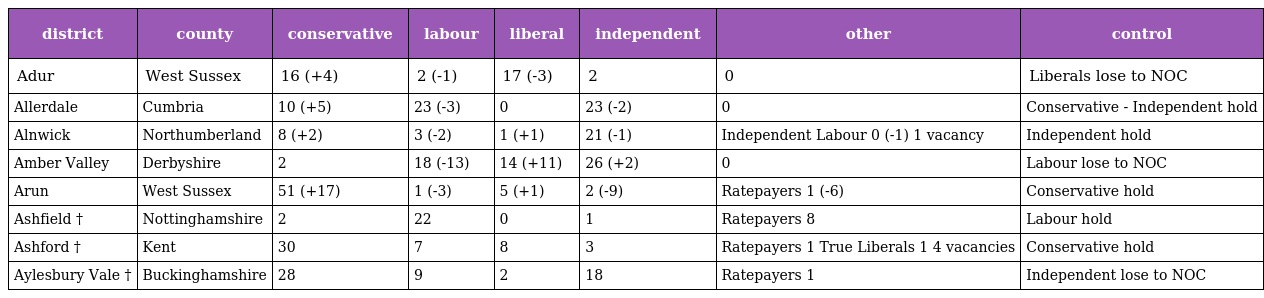
| district | county | conservative | labour | liberal | independent | other | control |
 | --- | --- | --- | --- | --- | --- | --- | --- |
 | Adur | West Sussex | 16 (+4) | 2 (-1) | 17 (-3) | 2 | 0 | Liberals lose to NOC |
 | Allerdale | Cumbria | 10 (+5) | 23 (-3) | 0 | 23 (-2) | 0 | Conservative - Independent hold |
 | Alnwick | Northumberland | 8 (+2) | 3 (-2) | 1 (+1) | 21 (-1) | Independent Labour 0 (-1) 1 vacancy | Independent hold |
 | Amber Valley | Derbyshire | 2 | 18 (-13) | 14 (+11) | 26 (+2) | 0 | Labour lose to NOC |
 | Arun | West Sussex | 51 (+17) | 1 (-3) | 5 (+1) | 2 (-9) | Ratepayers 1 (-6) | Conservative hold |
 | Ashfield † | Nottinghamshire | 2 | 22 | 0 | 1 | Ratepayers 8 | Labour hold |
 | Ashford † | Kent | 30 | 7 | 8 | 3 | Ratepayers 1 True Liberals 1 4 vacancies | Conservative hold |
 | Aylesbury Vale † | Buckinghamshire | 28 | 9 | 2 | 18 | Ratepayers 1 | Independent lose to NOC |